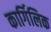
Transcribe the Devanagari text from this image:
कार्गिलिक